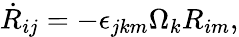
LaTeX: \begin{array}{r}{\dot{R}_{ij}=-\epsilon_{jkm}\Omega_{k}R_{im},}\end{array}